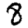
Digit: 8